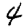
Digit: 4